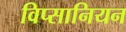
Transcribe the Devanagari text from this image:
विप्सानियन